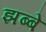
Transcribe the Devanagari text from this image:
झब्बे